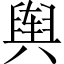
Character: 舆